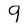
Character: 9